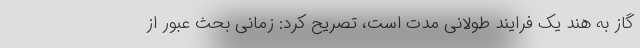
گاز به هند یک فرایند طولانی مدت است، تصریح کرد: زمانی بحث عبور از